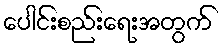
ပေါင်းစည်းရေးအတွက်